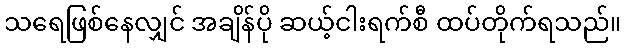
သရေဖြစ်နေလျှင် အချိန်ပို ဆယ့်ငါးရက်စီ ထပ်တိုက်ရသည်။